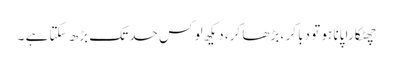
چھٹکارا پانا ہو تو دبا کر ، بڑھا کر، دیکھ لو کس حد تک بڑھ سکتا ہے ۔